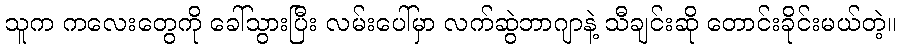
သူက ကလေးတွေကို ခေါ်သွားပြီး လမ်းပေါ်မှာ လက်ဆွဲဘာဂျာနဲ့ သီချင်းဆို တောင်းခိုင်းမယ်တဲ့။